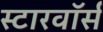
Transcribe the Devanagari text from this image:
स्टारवॉर्स